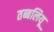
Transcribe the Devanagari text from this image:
तब्बलियू